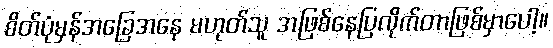
စိတ်ပုံမှန်အခြေအနေ မဟုတ်သူ အဖြစ်နေပြလိုက်တာဖြစ်မှာပေါ့။